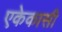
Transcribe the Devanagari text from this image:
एकेकासी